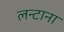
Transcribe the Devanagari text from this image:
लन्टाना